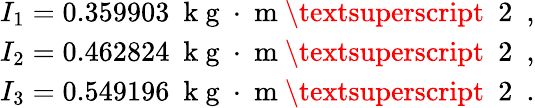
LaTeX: \begin{array}{r}{I_{1}=0.359903\ \mathrm{~k~g~}\cdot\mathrm{~m~\textsuperscript~{~2~}~},}\\ {I_{2}=0.462824\ \mathrm{~k~g~}\cdot\mathrm{~m~\textsuperscript~{~2~}~},}\\ {I_{3}=0.549196\ \mathrm{~k~g~}\cdot\mathrm{~m~\textsuperscript~{~2~}~}.}\end{array}